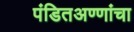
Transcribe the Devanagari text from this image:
पंडितअण्णांचा